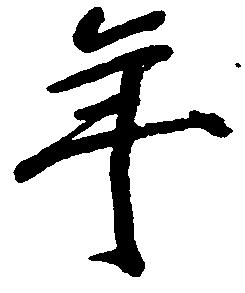
年